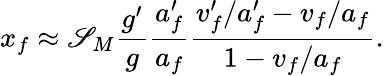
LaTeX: x_{f}\approx\mathscr{S}_{M}\frac{{g^{\prime}}}{{g}}\frac{{a_{f}^{\prime}}}{{a_{f}}}\frac{{v_{f}^{\prime}/a_{f}^{\prime}-v_{f}/a_{f}}}{{1-v_{f}/a_{f}}}.